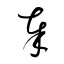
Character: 奉